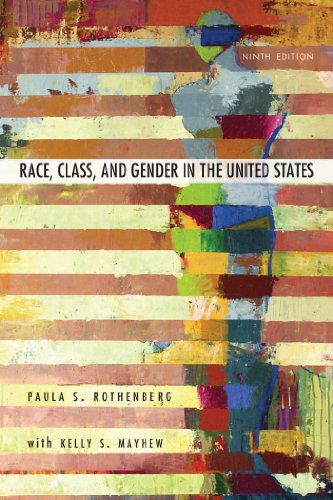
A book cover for Race, Class, and Gender in the United States: An Integrated Study; Paula S. Rothenberg; History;